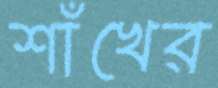
শাঁখের